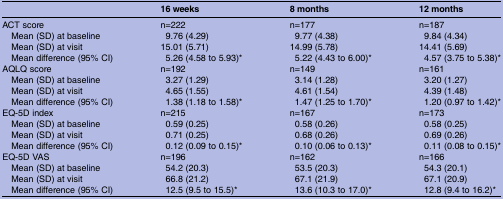
<table><thead><tr><td></td><td><b>16 weeks</b></td><td><b>8 months</b></td><td><b>12 months</b></td></tr></thead><tbody><tr><td>ACT score</td><td>n=222</td><td>n=177</td><td>n=187</td></tr><tr><td> Mean (SD) at baseline</td><td>9.76 (4.29)</td><td>9.77 (4.38)</td><td>9.84 (4.34)</td></tr><tr><td> Mean (SD) at visit</td><td>15.01 (5.71)</td><td>14.99 (5.78)</td><td>14.41 (5.69)</td></tr><tr><td> Mean difference (95% CI)</td><td>5.26 (4.58 to 5.93)*</td><td>5.22 (4.43 to 6.00)*</td><td>4.57 (3.75 to 5.38)*</td></tr><tr><td>AQLQ score</td><td>n=192</td><td>n=149</td><td>n=161</td></tr><tr><td> Mean (SD) at baseline</td><td>3.27 (1.29)</td><td>3.14 (1.28)</td><td>3.20 (1.27)</td></tr><tr><td> Mean (SD) at visit</td><td>4.65 (1.55)</td><td>4.61 (1.54)</td><td>4.39 (1.48)</td></tr><tr><td> Mean difference (95% CI)</td><td>1.38 (1.18 to 1.58)*</td><td>1.47 (1.25 to 1.70)*</td><td>1.20 (0.97 to 1.42)*</td></tr><tr><td>EQ-5D index</td><td>n=215</td><td>n=167</td><td>n=173</td></tr><tr><td> Mean (SD) at baseline</td><td>0.59 (0.25)</td><td>0.58 (0.26)</td><td>0.58 (0.25)</td></tr><tr><td> Mean (SD) at visit</td><td>0.71 (0.25)</td><td>0.68 (0.26)</td><td>0.69 (0.26)</td></tr><tr><td> Mean difference (95% CI)</td><td>0.12 (0.09 to 0.15)*</td><td>0.10 (0.06 to 0.13)*</td><td>0.11 (0.08 to 0.15)*</td></tr><tr><td>EQ-5D VAS</td><td>n=196</td><td>n=162</td><td>n=166</td></tr><tr><td> Mean (SD) at baseline</td><td>54.2 (20.3)</td><td>53.5 (20.3)</td><td>54.3 (20.1)</td></tr><tr><td> Mean (SD) at visit</td><td>66.8 (21.2)</td><td>67.1 (21.9)</td><td>67.1 (20.9)</td></tr><tr><td> Mean difference (95% CI)</td><td>12.5 (9.5 to 15.5)*</td><td>13.6 (10.3 to 17.0)*</td><td>12.8 (9.4 to 16.2)*</td></tr></tbody></table>